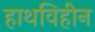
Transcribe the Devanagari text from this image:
हाथविहीन